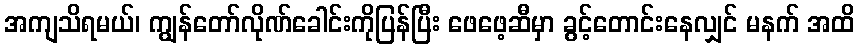
အကျသိရမယ်၊ ကျွန်တော်လိုဏ်ခေါင်းကိုပြန်ပြီး ဖေဖေ့ဆီမှာ ခွင့်တောင်းနေလျှင် မနက် အထိ